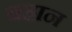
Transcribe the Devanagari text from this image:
बहान